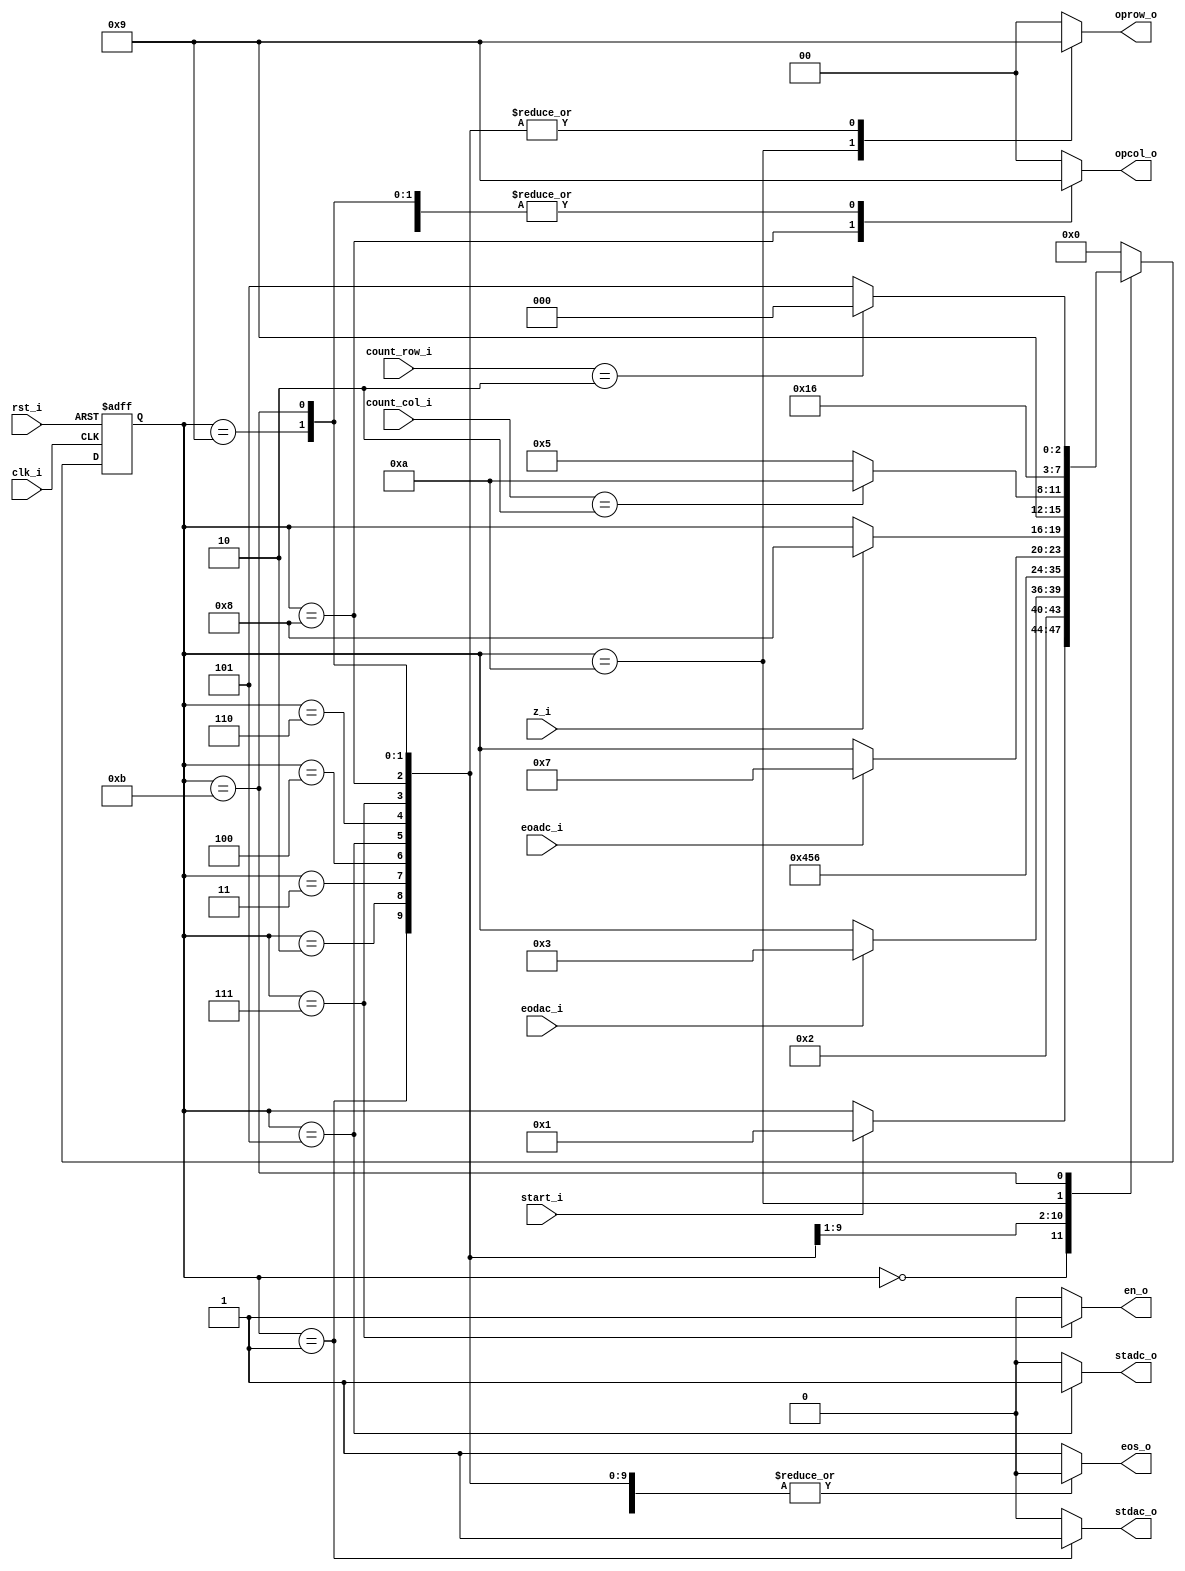
// Name: .v
//
// Description:

module fsm_nxm_matrix_1val (
  input             rst_i,
  input             clk_i,
  input             start_i,
  input             eodac_i,
  input             eoadc_i,
  input       [1:0] count_row_i,
  input       [1:0] count_col_i,
  input             z_i,
  output reg        stdac_o,
  output reg        stadc_o,
  output reg        en_o,
  output reg  [1:0] oprow_o,
  output reg  [1:0] opcol_o,
  output reg        eos_o
);

  localparam [3:0]  s0 = 4'b0000,
                    s1 = 4'b0001,
                    s2 = 4'b0010,
				    s3 = 4'b0011,
				    s4 = 4'b0100,
				    s5 = 4'b0101,
				    s6 = 4'b0110,
				    s7 = 4'b0111,
				    s8 = 4'b1000,
				    s9 = 4'b1001,
				   s10 = 4'b1010,
				   s11 = 4'b1011;

  reg [3:0] next_state, present_state;

  always @(start_i, eodac_i, eoadc_i, count_row_i, count_col_i, z_i, present_state) begin
    stdac_o = 1'b0; stadc_o = 1'b0; en_o = 1'b0; oprow_o = 2'b00; opcol_o = 2'b00; eos_o = 1'b1;
    next_state = present_state;
    case(present_state)
       s0: begin
             stdac_o = 1'b0; stadc_o = 1'b0; en_o = 1'b0; oprow_o = 2'b00; opcol_o = 2'b00; eos_o = 1'b1;
             if (start_i)
               next_state = s1;
           end

       s1: begin
             stdac_o = 1'b1; stadc_o = 1'b0; en_o = 1'b0; oprow_o = 2'b01; opcol_o = 2'b01; eos_o = 1'b0;
             next_state = s2;
           end

       s2: begin
             stdac_o = 1'b0; stadc_o = 1'b0; en_o = 1'b0; oprow_o = 2'b01; opcol_o = 2'b01; eos_o = 1'b0;
             if (eodac_i)
               next_state = s3;
           end 

       s3: begin
             stdac_o = 1'b0; stadc_o = 1'b0; en_o = 1'b0; oprow_o = 2'b01; opcol_o = 2'b01; eos_o = 1'b0;
             next_state = s4;
           end

       s4: begin
             stdac_o = 1'b0; stadc_o = 1'b0; en_o = 1'b0; oprow_o = 2'b01; opcol_o = 2'b01; eos_o = 1'b0;
             next_state = s5;
           end

       s5: begin
             stdac_o = 1'b0; stadc_o = 1'b1; en_o = 1'b0; oprow_o = 2'b01; opcol_o = 2'b01; eos_o = 1'b0;
             next_state = s6;
           end

       s6: begin
             stdac_o = 1'b0; stadc_o = 1'b0; en_o = 1'b0; oprow_o = 2'b01; opcol_o = 2'b01; eos_o = 1'b0;
             if (eoadc_i)
               next_state = s7;
           end

       s7: begin
             stdac_o = 1'b0; stadc_o = 1'b0; en_o = 1'b1; oprow_o = 2'b01; opcol_o = 2'b01; eos_o = 1'b0;
             if (z_i)
               next_state = s8;
           end

       s8: begin
             stdac_o = 1'b0; stadc_o = 1'b0; en_o = 1'b0; oprow_o = 2'b01; opcol_o = 2'b10; eos_o = 1'b0;
             next_state = s9;
           end		  

       s9: begin
             stdac_o = 1'b0; stadc_o = 1'b0; en_o = 1'b0; oprow_o = 2'b01; opcol_o = 2'b01; eos_o = 1'b0;
			 if (count_col_i == 2) begin
               next_state = s10;
			 end else begin
			   next_state = s5;
			 end
           end

      s10: begin
             stdac_o = 1'b0; stadc_o = 1'b0; en_o = 1'b0; oprow_o = 2'b10; opcol_o = 2'b00; eos_o = 1'b0;
             next_state = s11;
           end

      s11: begin
             stdac_o = 1'b0; stadc_o = 1'b0; en_o = 1'b0; oprow_o = 2'b01; opcol_o = 2'b01; eos_o = 1'b0;
			 if (count_row_i == 2) begin
               next_state = s0;
			 end else begin
			   next_state = s5;
			 end
          end

      default:  begin
                  next_state = s0;
                end
    endcase
  end   

  always @(posedge clk_i, posedge rst_i) begin
    if (rst_i)
      present_state <= s0;
    else
      present_state <= next_state;
  end
  
endmodule